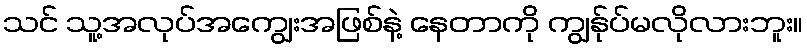
သင် သူ့အလုပ်အကျွေးအဖြစ်နဲ့ နေတာကို ကျွန်ုပ်မလိုလားဘူး။